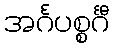
အင်္ဂပစ္စင်္ဂီ